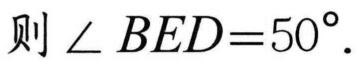
则 \(\angle BED = 50^{\circ}\).